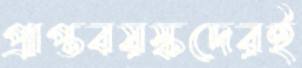
প্রাপ্তবয়স্কদেরই